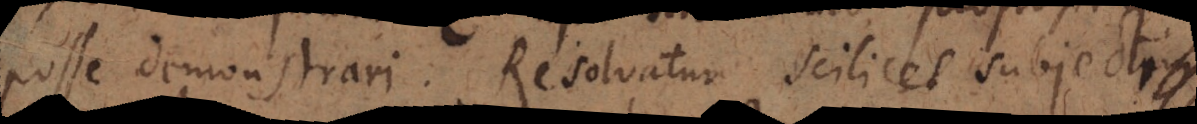
posse demonstrari. Resolvatur scilicet subjecti